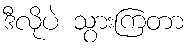
ဒီလိုပဲ သွားကြတာ